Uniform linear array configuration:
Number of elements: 48
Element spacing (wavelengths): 1
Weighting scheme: exponential
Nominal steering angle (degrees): -60
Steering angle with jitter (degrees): -61.782
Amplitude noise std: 0.05
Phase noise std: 0.05

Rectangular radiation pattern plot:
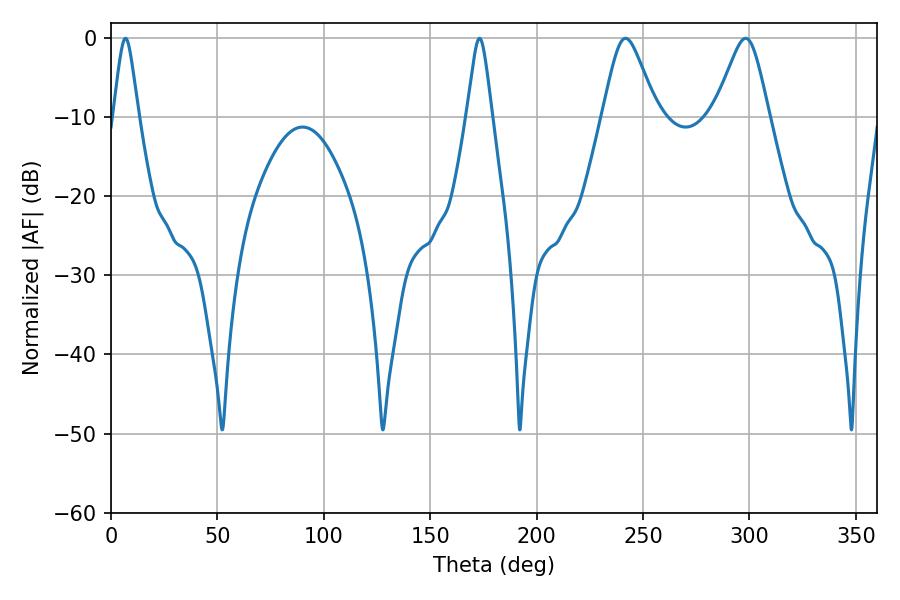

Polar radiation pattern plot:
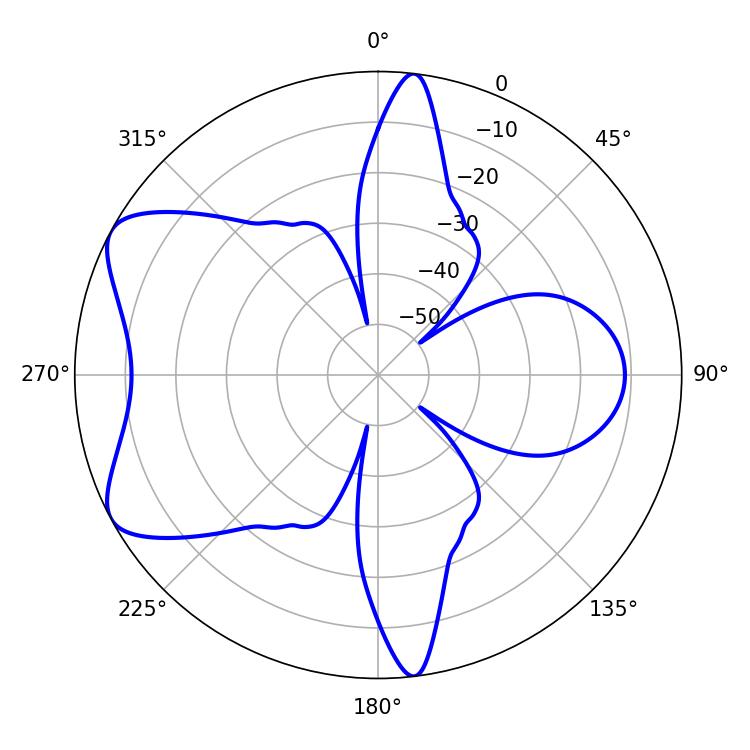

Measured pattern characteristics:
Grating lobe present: TRUE
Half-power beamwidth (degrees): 5.76
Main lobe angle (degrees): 6.84